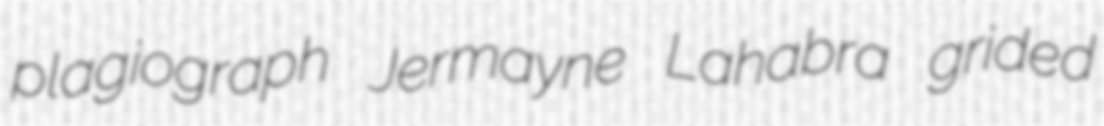
plagiograph Jermayne Lahabra grided